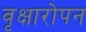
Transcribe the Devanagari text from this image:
वृक्षारोपन